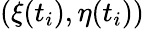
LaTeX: (\xi(t_{i}),\eta(t_{i}))